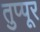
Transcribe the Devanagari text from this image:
तुप्पूर